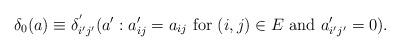
LaTeX: \begin{align*}\delta_{0}(a)\equiv\delta_{i'j'}^{'}(a':a_{ij}'=a_{ij}\mbox{ for \ensuremath{(i,j)\in E} and }a_{i'j'}'=0).\end{align*}